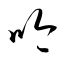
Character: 吟